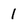
Character: 1